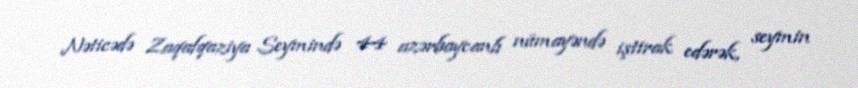
Nəticədə Zaqafqaziya Seymində 44 azərbaycanlı nümayəndə iştirak edərək, seymin